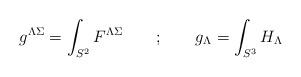
LaTeX: \begin{align*}g^{\Lambda\Sigma} = \int _{S^2}F^{\Lambda\Sigma} \qquad ; \qquad g_{\Lambda} = \int _{S^3} H_\Lambda\end{align*}